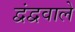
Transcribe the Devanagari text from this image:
द्वंद्ववाले